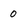
Character: 0